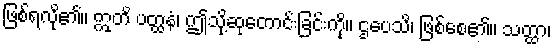
ဖြစ်ရလို၏။ ဣတိ ပတ္ထနံ၊ ဤသို့ဆုတောင်းခြင်းကို။ ဌပေသိ၊ ဖြစ်စေ၏။ သတ္ထာ၊